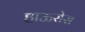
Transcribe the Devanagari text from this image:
हाऊसेस